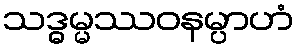
သဒ္ဓမ္မဿဝနမ္ပာဟံ